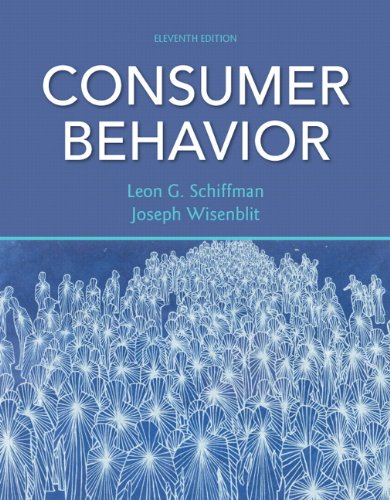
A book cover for Consumer Behavior (11th Edition); Leon G. Schiffman; Business & Money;